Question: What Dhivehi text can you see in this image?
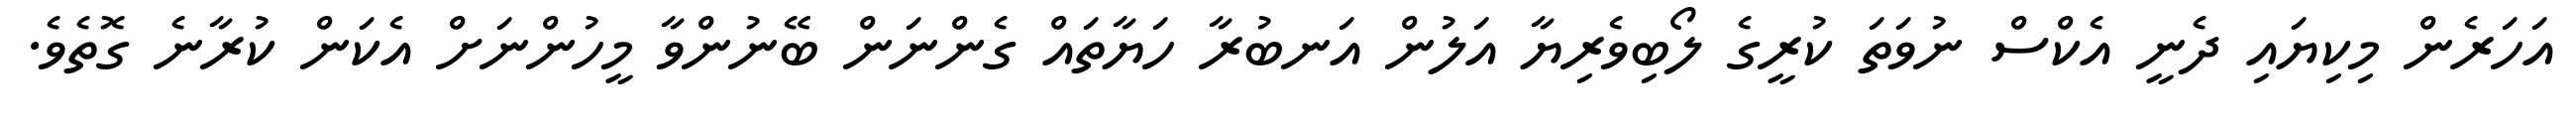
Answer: އަހަރެން މިކިޔައި ދެނީ އެކްސް ނުވަތަ ކުރީގެ ލޯބިވެރިޔާ އަލުން އަނބުރާ ހަޔާތައް ގެންނަން ބޭނުންވާ މީހުންނަށް އެކަން ކުރާނެ ގޮތެވެ.